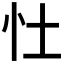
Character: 𪫞